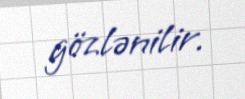
gözlənilir.